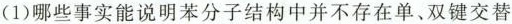
(1)哪些事实能说明苯分子结构中并不存在单、双键交替